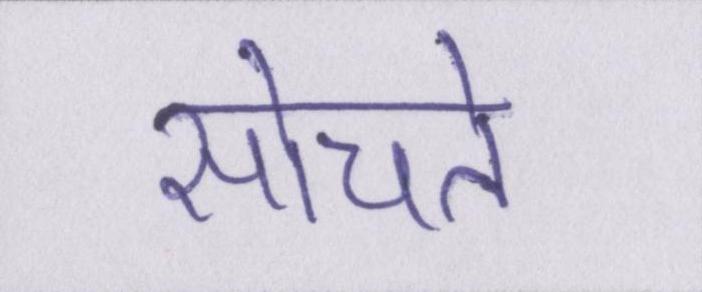
सोचते